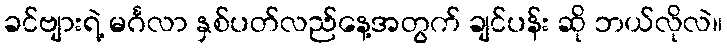
ခင်ဗျားရဲ့ မင်္ဂလာ နှစ်ပတ်လည်နေ့အတွက် ချင်ပန်း ဆို ဘယ်လိုလဲ။